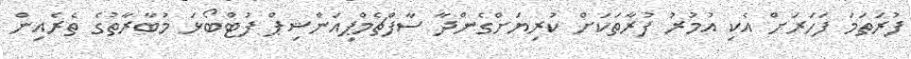
ފުރަތަމަ ފަހަރަށް އެކި އުމުރު ފުރާތަކަށް ކުރިޔަށްގެންދާ ސާފްޗެމްޕިއަންޝިޕް ފުޓްބޯޅަ މުބާރާތުގެ ތެރެއިން